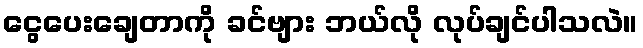
ငွေပေးချေတာကို ခင်ဗျား ဘယ်လို လုပ်ချင်ပါသလဲ။